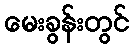
မေးခွန်းတွင်